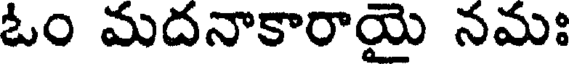
ఓం మదనాకారాయై నమః